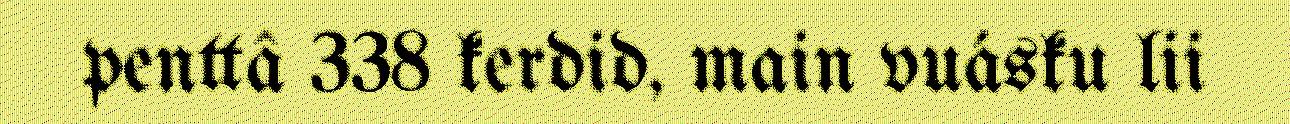
penttâ 338 kerdid, main vuásku lii